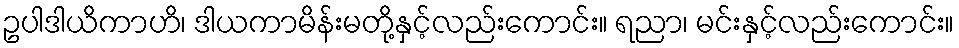
ဥပါဒါယိကာဟိ၊ ဒါယကာမိန်းမတို့နှင့်လည်းကောင်း။ ရညာ၊ မင်းနှင့်လည်းကောင်း။